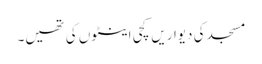
مسجد کی دیواریں کچی اینٹوں کی تھیں۔